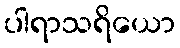
ပါရာသရိယော